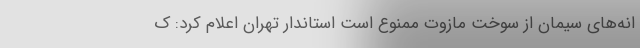
انه‌های سیمان از سوخت مازوت ممنوع است استاندار تهران اعلام کرد: ک